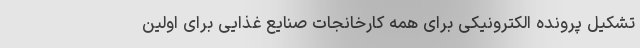
تشکیل پرونده الکترونیکی برای همه کارخانجات صنایع غذایی برای اولین